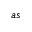
a s